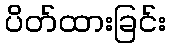
ပိတ်ထားခြင်း